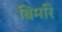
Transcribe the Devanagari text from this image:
बिमरि